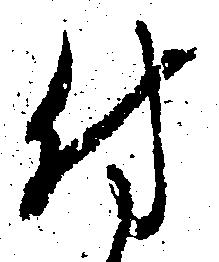
付